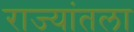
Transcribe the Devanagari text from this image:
राज्यांतला